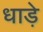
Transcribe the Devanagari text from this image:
धाड़े